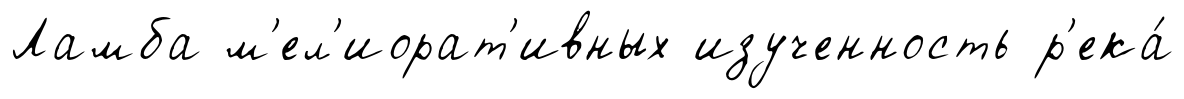
Ламба м'ел'иорат'ивных изученность р'ека́